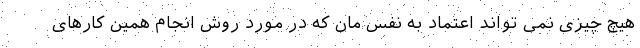
هیچ چیزی نمی تواند اعتماد به نفس مان که در مورد روش انجام همین کارهای